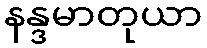
နန္ဒမာတုယာ